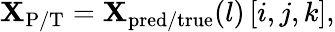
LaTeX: \begin{array}{r}{{\mathbf{X}}_{\mathrm{P/T}}={\mathbf{X}}_{\mathrm{pred/true}}(l)\left[i,j,k\right],}\end{array}